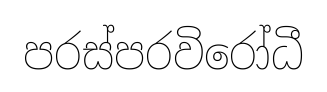
පරස්පරවිරෝධී